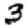
Digit: 3